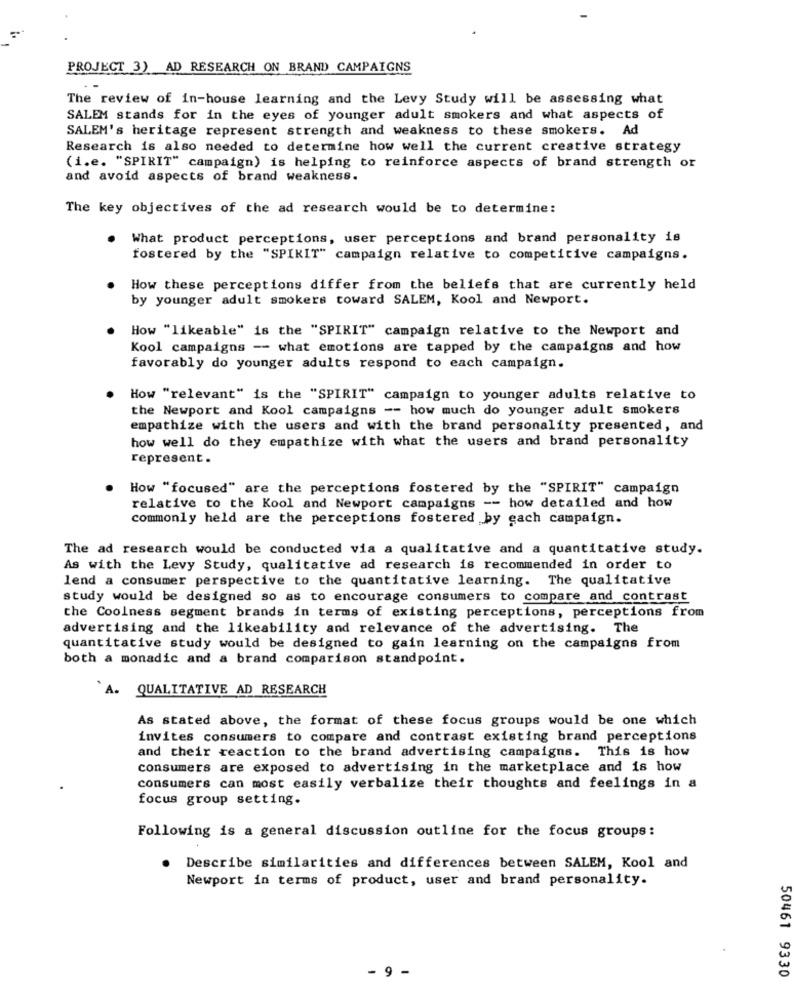
PROJECT 3) AD RESEARCH ON BRAND CAMPAIGNS
The review of in-house learning and the Levy Study will be assessing what
SALEM stands for in the eyes of younger adult smokers and what aspects of
SALEM's heritage represent strength and weakness to these smokers. Ad
Research is also needed to determine how well the current creative strategy
(i.e. "SPIRIT" campaign) is helping to reinforce aspects of brand strength or
and avoid aspects of brand weakness.
The key objectives of the ad research would be to determine:
What product perceptions, user perceptions and brand personality is
fostered by the "SPIKIT" campaign relative to competitive campaigns.
How these perceptions differ from the beliefs that are currently held
by younger adult smokers toward SALEM, Kool and Newport.
How "likeable" is the "SPIRIT" campaign relative to the Newport and
Kool campaigns -- what emotions are tapped by the campaigns and how
favorably do younger adults respond to each campaign.
How "relevant" is the "SPIRIT" campaign to younger adults relative to
the Newport and Kool campaigns -- how much do younger adult smokers
empathize with the users and with the brand personality presented, and
how well do they empathize with what the users and brand personality
represent .
How "focused" are the perceptions fostered by the "SPIRIT" campaign
relative to the Kool and Newport campaigns -- how detailed and how
commonly held are the perceptions fostered by gach campaign.
The ad research would be conducted via a qualitative and a quantitative study.
As with the Levy Study, qualitative ad research is recommended in order to
lend a consumer perspective to the quantitative learning. The qualitative
study would be designed so as to encourage consumers to compare and contrast
the Coolness segment brands in terms of existing perceptions, perceptions from
advertising and the likeability and relevance of the advertising. The
quantitative study would be designed to gain learning on the campaigns from
both a monadic and a brand comparison standpoint.
A. QUALITATIVE AD RESEARCH
As stated above, the format of these focus groups would be one which
invites consumers to compare and contrast existing brand perceptions
and their reaction to the brand advertising campaigns. This is how
consumers are exposed to advertising in the marketplace and is how
consumers can most easily verbalize their thoughts and feelings in a
focus group setting.
Following is a general discussion outline for the focus groups:
.
Describe similarities and differences between SALEM, Kool and
Newport in terms of product, user and brand personality.
- 9 -
50461 9330